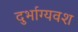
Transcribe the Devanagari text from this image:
दुर्भाग्‍यवश